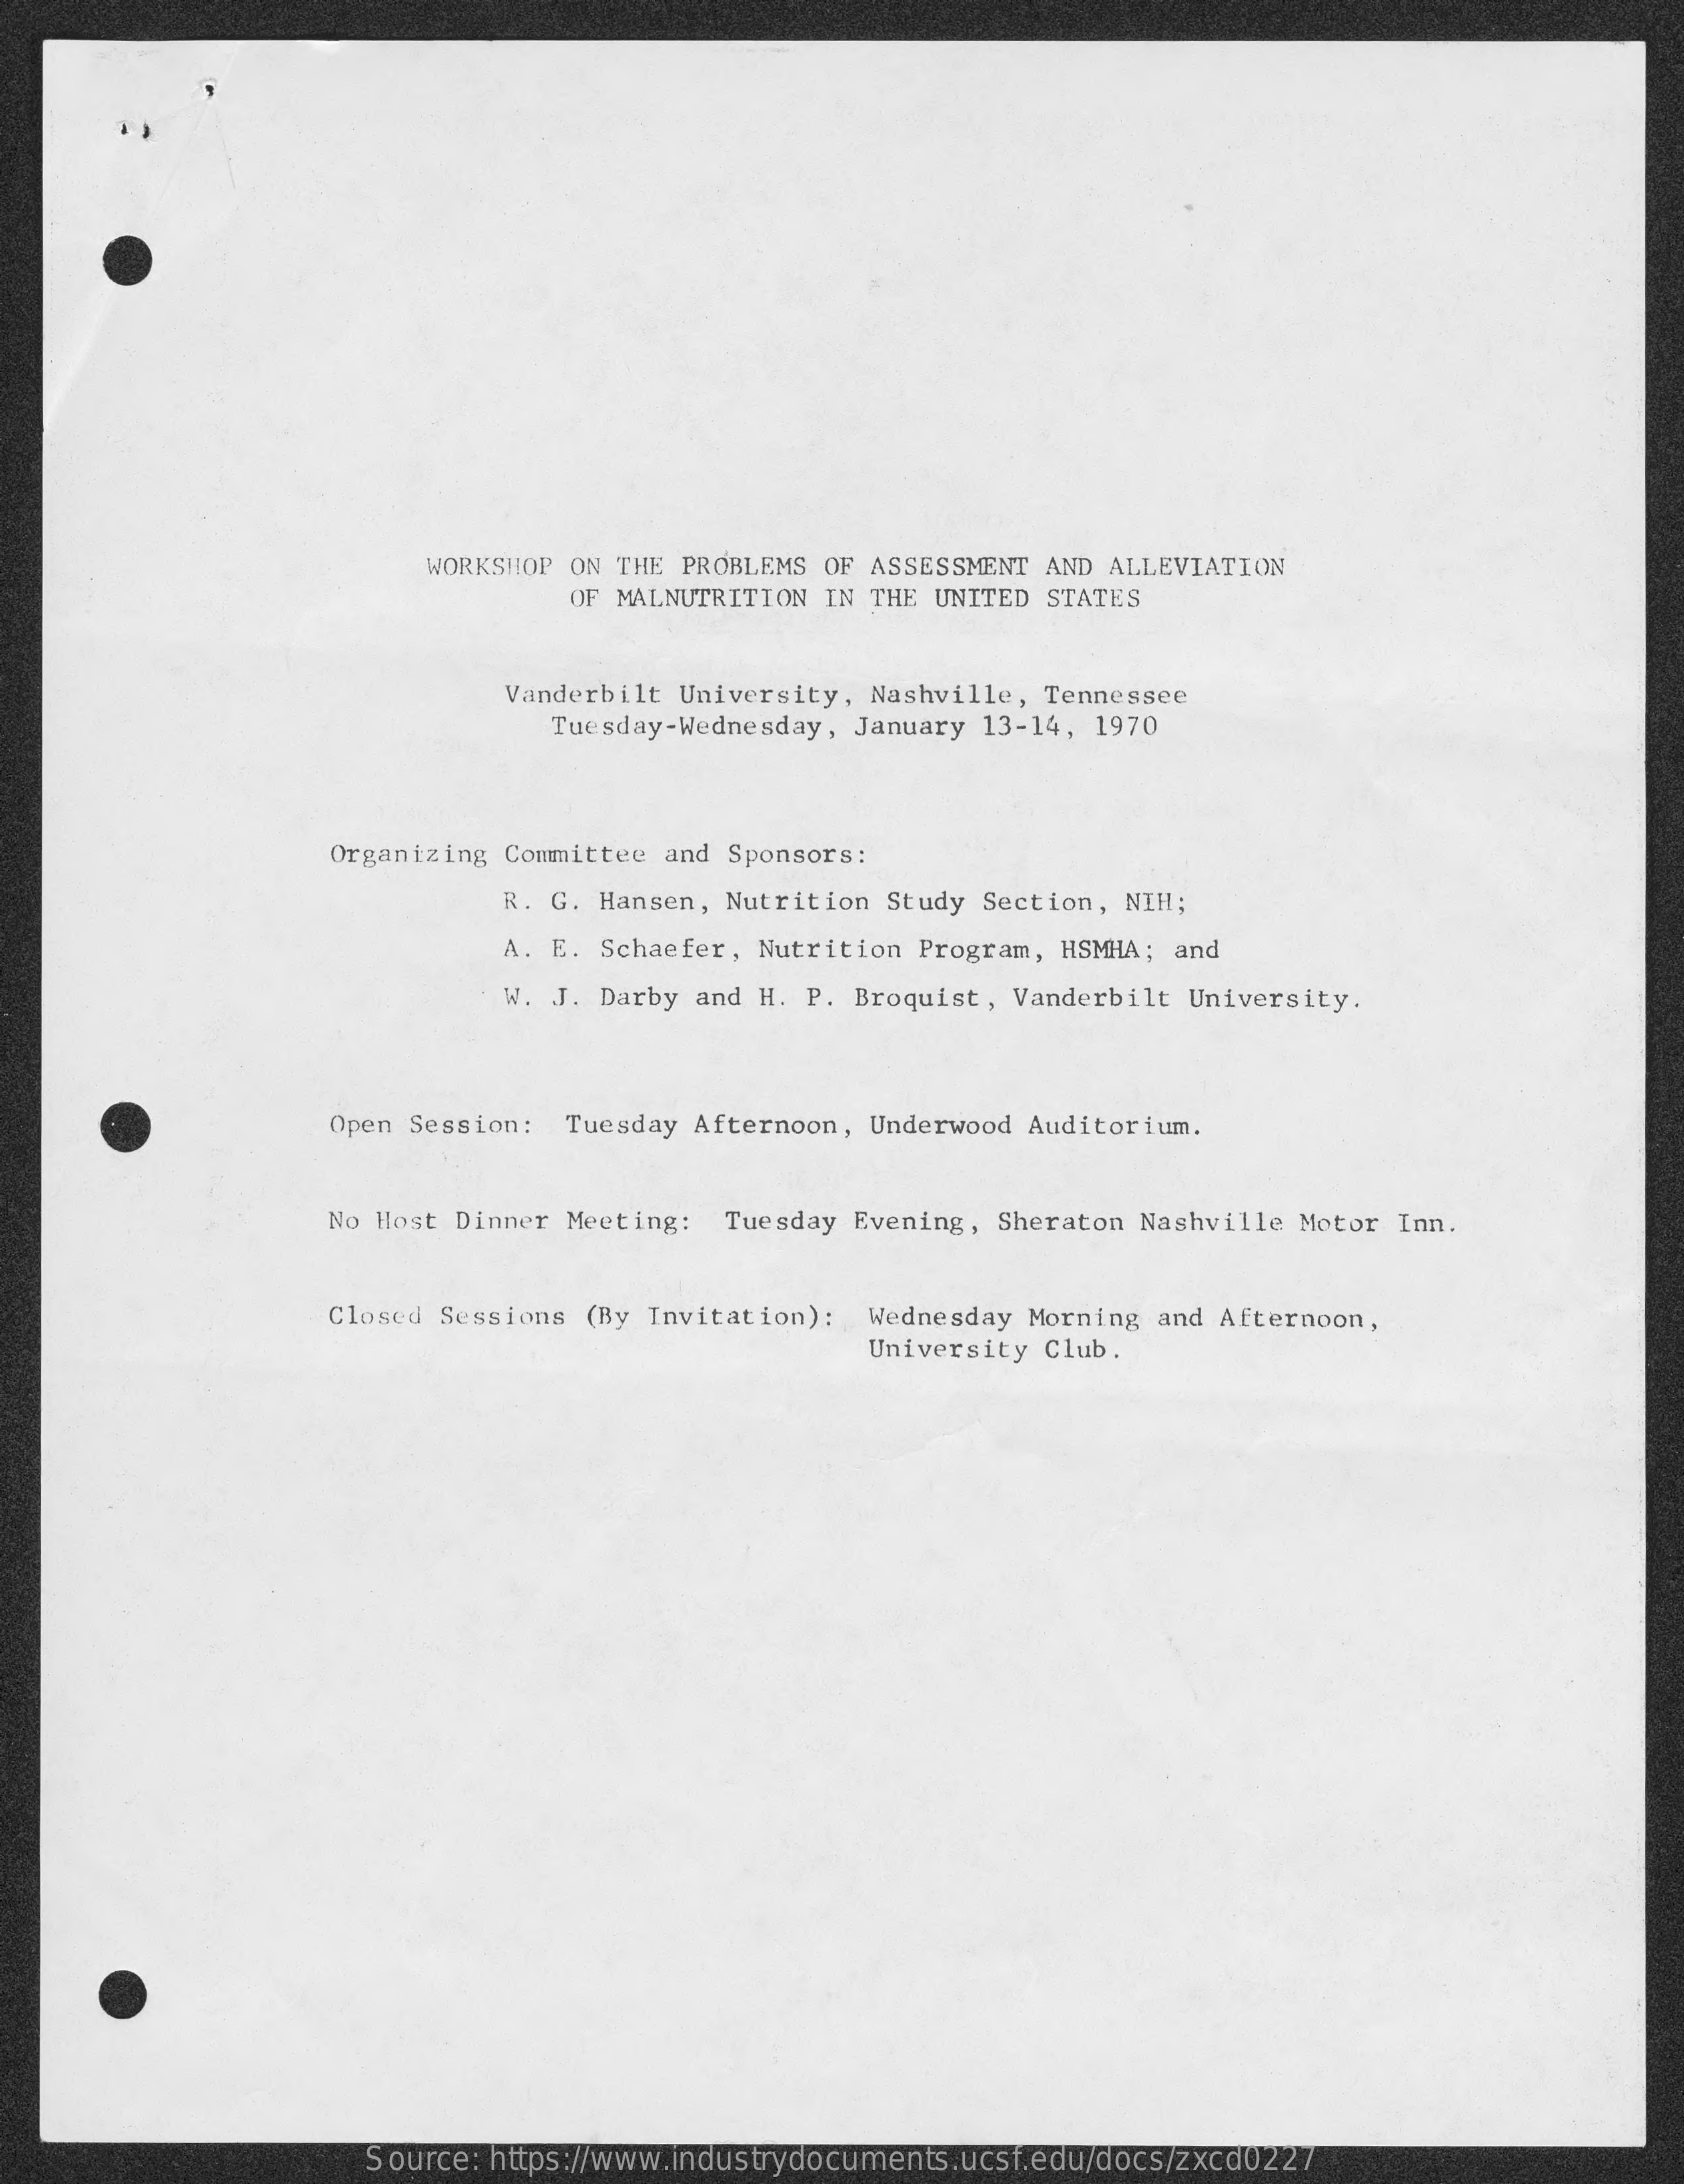
WORKSHOP ON THE PROBLEMS OF ASSESSMENT AND ALLEVIATION
     OF MALNUTRITION IN THE UNITED STATES
     Vanderbilt University, Nashville, Tennessee
     Tuesday-Wednesday, January 13-14, 1970
     Organizing Committee and Sponsors:
     R. G. Hansen, Nutrition Study Section, NIH;
     A. E. Schaefer, Nutrition Program, HSMHA; and
     W. J. Darby and H. P. Broquist, Vanderbilt University.
     Open Session: Tuesday Afternoon, Underwood Auditorium.
     No Host Dinner Meeting: Tuesday Evening, Sheraton Nashville Motor Inn.
     Closed Sessions (By Invitation): Wednesday Morning and Afternoon,
     University Club.
     Source: https://www.industrydocuments.ucsf.edu/docs/zxcd0227